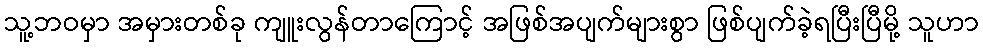
သူ့ဘဝမှာ အမှားတစ်ခု ကျူးလွန်တာကြောင့် အဖြစ်အပျက်များစွာ ဖြစ်ပျက်ခဲ့ရပြီးပြီမို့ သူဟာ